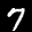
Label: 7